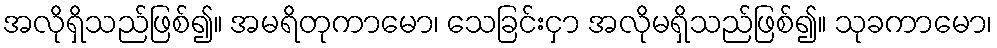
အလိုရှိသည်ဖြစ်၍။ အမရိတုကာမော၊ သေခြင်းငှာ အလိုမရှိသည်ဖြစ်၍။ သုခကာမော၊